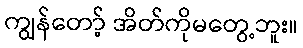
ကျွန်တော့် အိတ်ကိုမတွေ့ဘူး။